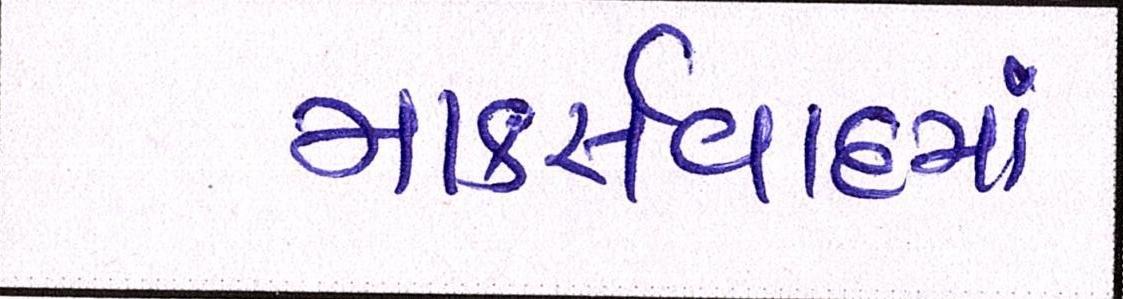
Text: માર્ક્સવાદમાં